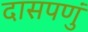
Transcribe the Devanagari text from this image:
दासपणुं